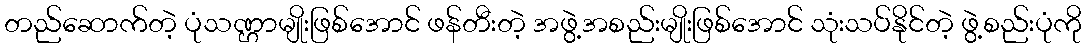
တည်ဆောက်တဲ့ ပုံသဏ္ဌာမျိုးဖြစ်အောင် ဖန်တီးတဲ့ အဖွဲ့အစည်းမျိုးဖြစ်အောင် သုံးသပ်နိုင်တဲ့ ဖွဲ့စည်းပုံကို